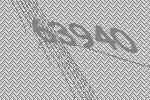
63940